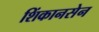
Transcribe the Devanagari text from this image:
शिंकानसेन